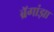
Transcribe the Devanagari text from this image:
ब्रॅगांझा